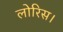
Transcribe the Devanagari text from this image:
लोरिस।